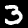
Label: 3